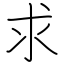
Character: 求